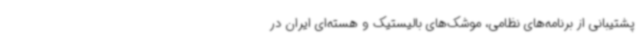
پشتیبانی از برنامه‌های نظامی، موشک‌های بالیستیک و هسته‌ای ایران در